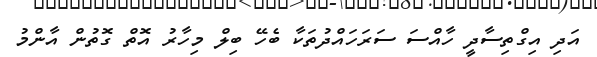
އަދި އިގްތިސާދީ ހާއްސަ ސަރަހައްދުތަކާ ބެހޭ ބިލް މިހާރު އޮތް ގޮތުން އާންމު